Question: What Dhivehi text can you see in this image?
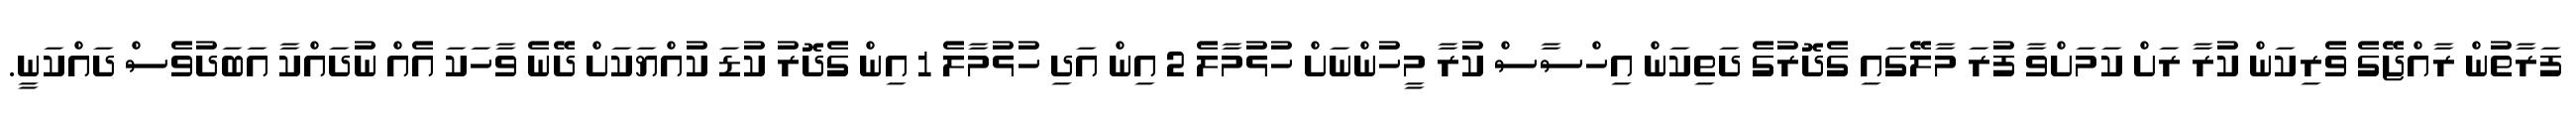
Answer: ފަރާތުން ރާއްޖޭގެ ވެރިކަން ކުރާ ރަށް ކަމަށްވާ ފުރަ މާލޭގައި ގެދޮރުގެ ދަތިކަން އިހްސާސް ކުރާ މީހުންނަށް ހުޅުމާލެ 2 އިން އަދި ހުޅުމާލެ 1 އިން ގެދޮރު ކުޑަ ކުއްޔަކަށް ދޭނެ ވާހަކަ އެއް ނުދައްކާ އަބަދުވެސް ދައްކަނީ.